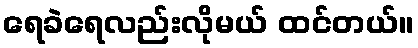
ရေခဲရေလည်းလိုမယ် ထင်တယ်။